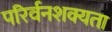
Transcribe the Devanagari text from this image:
परिर्वनशक्यता